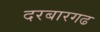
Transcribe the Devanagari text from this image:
दरबारगढ